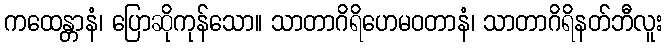
ကထေန္တာနံ၊ ပြောဆိုကုန်သော။ သာတာဂိရိဟေမဝတာနံ၊ သာတာဂိရိနတ်ဘီလူး